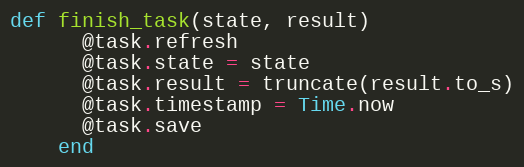
Language: Ruby
def finish_task(state, result)
      @task.refresh
      @task.state = state
      @task.result = truncate(result.to_s)
      @task.timestamp = Time.now
      @task.save
    end